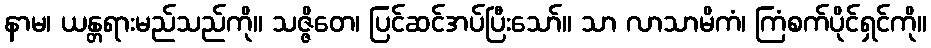
နာမ၊ ယန္တရားမည်သည်ကို။ သဇ္ဇိတေ၊ ပြင်ဆင်အပ်ပြီးသော်။ သာ လာသာမိကံ၊ ကြံစက်ပိုင်ရှင်ကို။